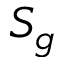
S _ { g }